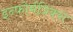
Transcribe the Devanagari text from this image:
इन्फोर्मत्रिक्स